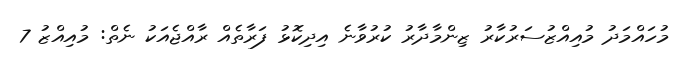
މުހައްމަދު މުއިއްޒުސަރުކާރު ޒިންމާދާރު ކުރުވާނެ އިދިކޮޅު ފަރާތެއް ރާއްޖެއަކު ނެތް: މުއިއްޒު 7